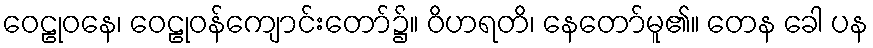
ဝေဠုဝနေ၊ ဝေဠုဝန်ကျောင်းတော်၌။ ဝိဟရတိ၊ နေတော်မူ၏။ တေန ခေါ ပန